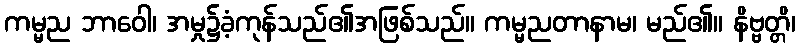
ကမ္မည ဘာဝေါ၊ အမှု၌ခံ့ကုန်သည်၏အဖြစ်သည်။ ကမ္မညတာနာမ၊ မည်၏။ နိဗ္ဗတ္တိ၊